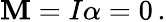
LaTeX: {\textbf{M}}=I\alpha=0\, .